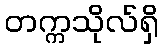
တက္ကသိုလ်ရှိ